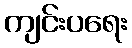
ကျင်းပရေး